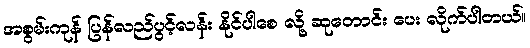
အစွမ်းကုန် ပြန်လည်ပွင့်လန်း နိုင်ပါစေ လို့ ဆုတောင်း ပေး လိုက်ပါတယ်။